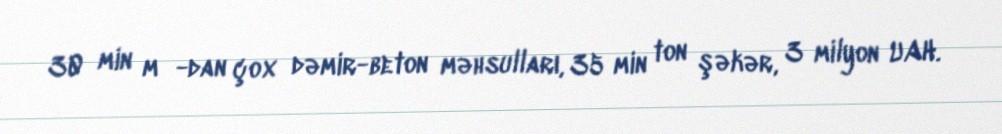
30 min m³-dan çox dəmir-beton məhsulları, 35 min ton şəkər, 3 milyon UAH.